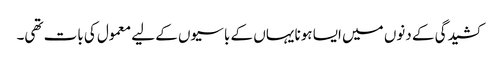
کشیدگی کے دنوں میں ایسا ہونا یہاں کے باسیوں کے لیے معمول کی بات تھی۔